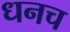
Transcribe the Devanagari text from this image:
धनच